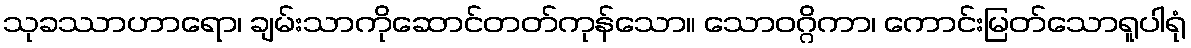
သုခဿာဟာရော၊ ချမ်းသာကိုဆောင်တတ်ကုန်သော။ သောဝဂ္ဂိကာ၊ ကောင်းမြတ်သောရူပါရုံ